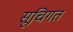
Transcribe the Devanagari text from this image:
सूचिगत